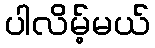
ပါလိမ့်မယ်